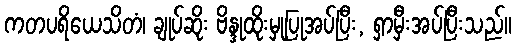
ကတပရိယေသိတံ၊ ချုပ်ဆိုး ဗိန္ဒုထိုးမှုပြုအပ်ပြီး, ရှာမှီးအပ်ပြီးသည်။